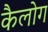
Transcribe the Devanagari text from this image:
कैलोग